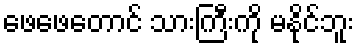
ဖေဖေတောင် သားကြီးကို မနိုင်ဘူး